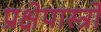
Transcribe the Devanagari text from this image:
प्रक्षेपास्त्रो